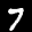
Label: 7